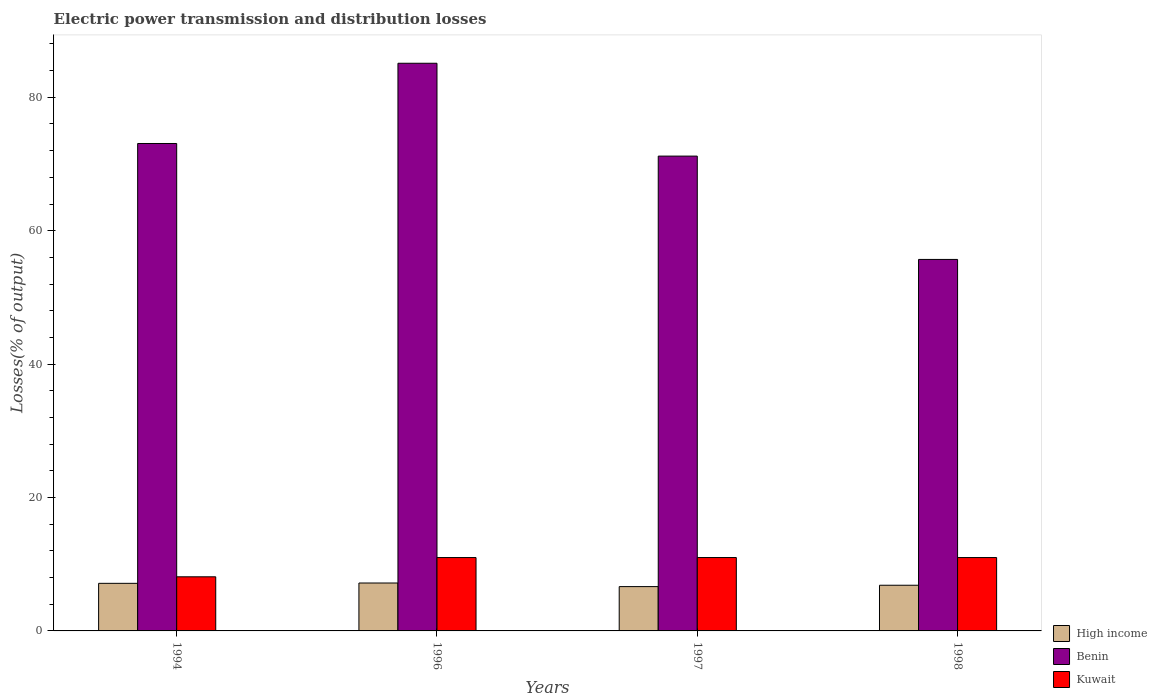
| Years | High income | Benin | Kuwait |
 | --- | --- | --- | --- |
 | 1994 | 7.14 | 73.1 | 8.11 |
 | 1996 | 7.18 | 85.1 | 11 |
 | 1997 | 6.64 | 71.2 | 11 |
 | 1998 | 6.85 | 55.7 | 11 |